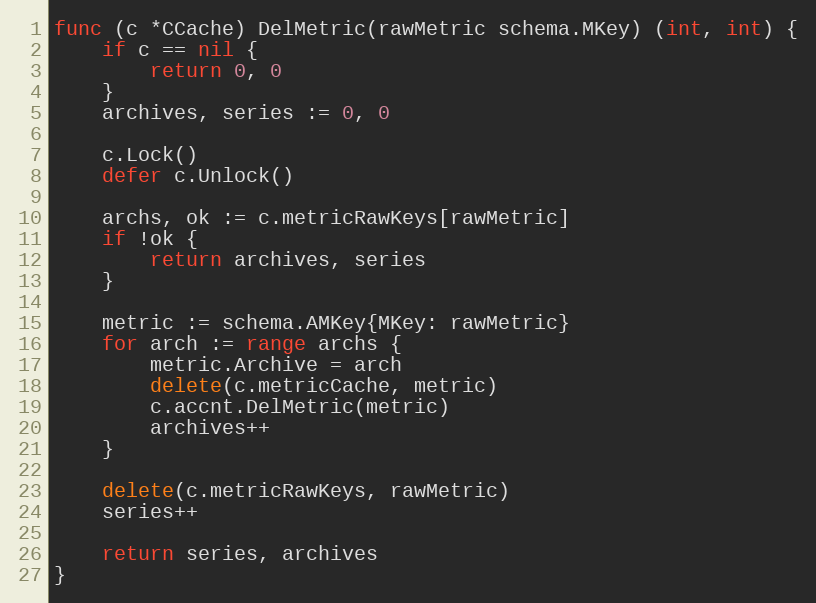
Language: Go
func (c *CCache) DelMetric(rawMetric schema.MKey) (int, int) {
	if c == nil {
		return 0, 0
	}
	archives, series := 0, 0

	c.Lock()
	defer c.Unlock()

	archs, ok := c.metricRawKeys[rawMetric]
	if !ok {
		return archives, series
	}

	metric := schema.AMKey{MKey: rawMetric}
	for arch := range archs {
		metric.Archive = arch
		delete(c.metricCache, metric)
		c.accnt.DelMetric(metric)
		archives++
	}

	delete(c.metricRawKeys, rawMetric)
	series++

	return series, archives
}